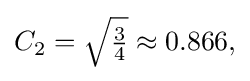
{\textstyle C_{2}={\sqrt {\frac {3}{4}}}\approx 0.866,}